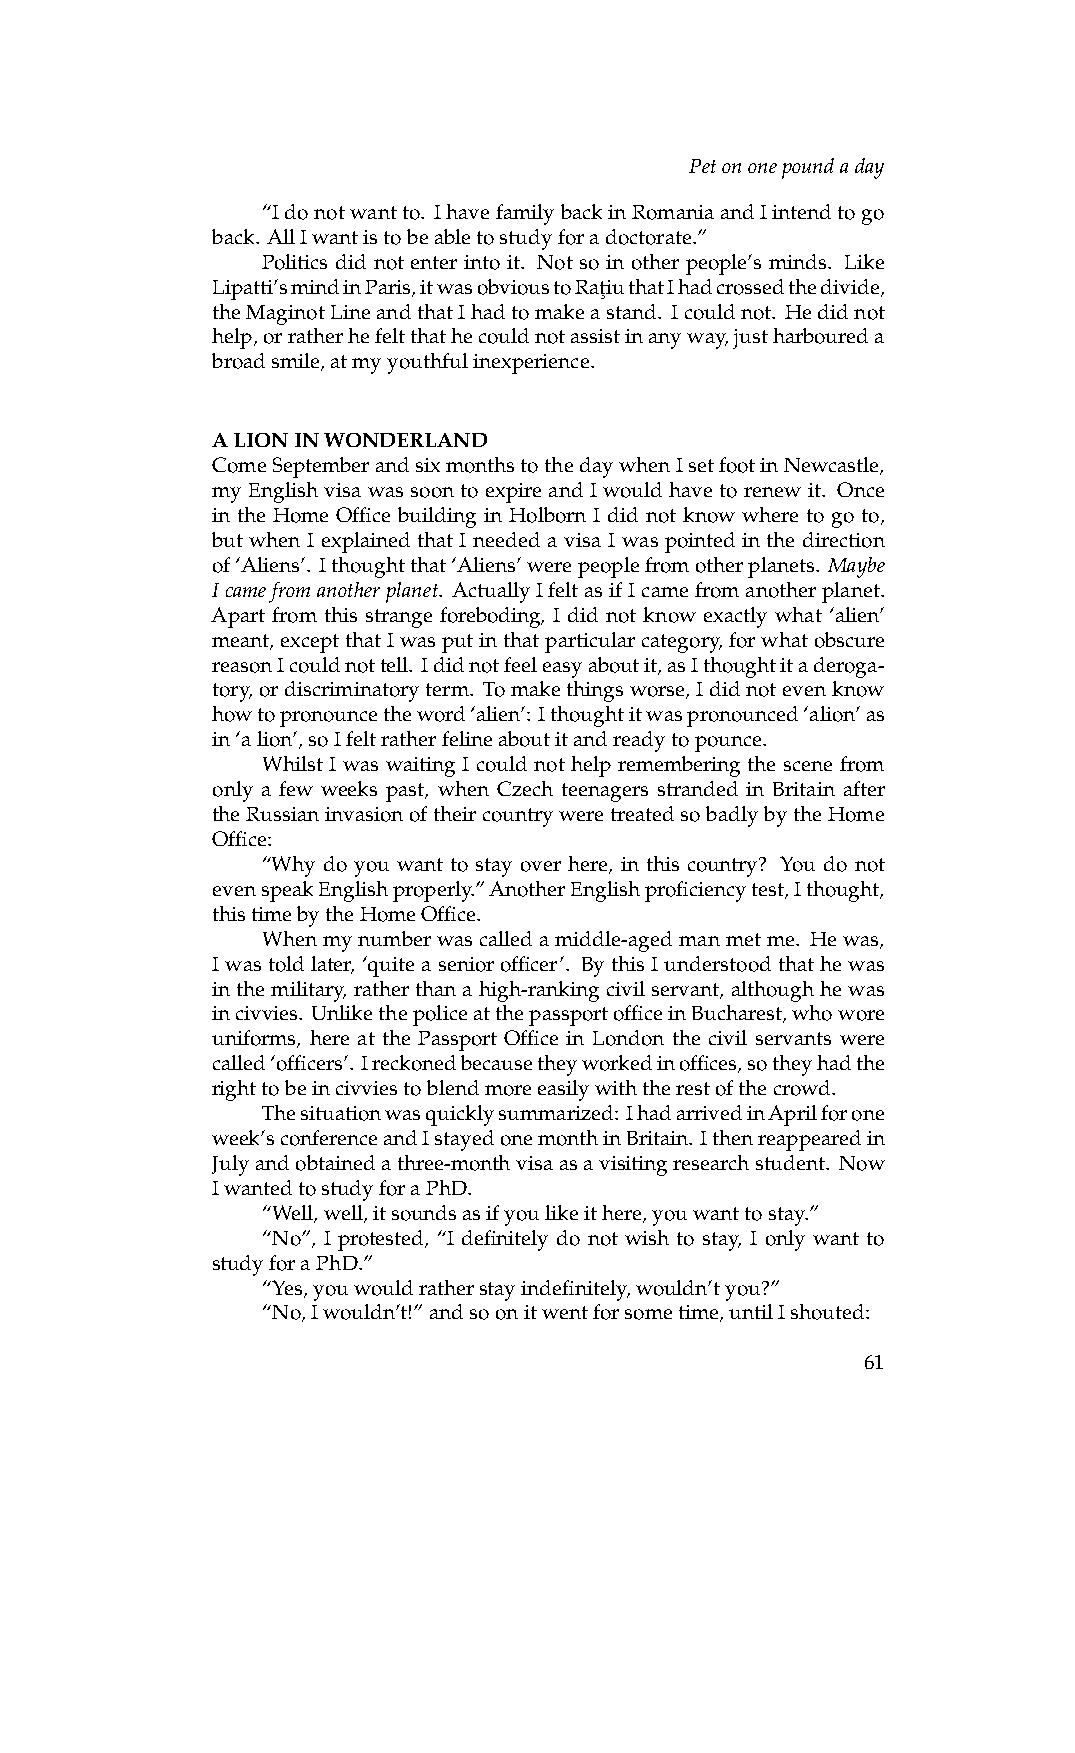
Petononepoundaday
 “Idonotwantto. IhavefamilybackinRomaniaandIintendtogo
 back. AllIwantistobeabletostudyforadoctorate.”
 Politics did not enter into it. Not so in other people’s minds. Like
 Lipatti’smindinParis,itwasobvioustoRa¸tiuthatIhadcrossedthedivide,
 theMaginotLineandthatIhadtomakeastand. Icouldnot. Hedidnot
 help,orratherhefeltthathecouldnotassistinanyway,justharboureda
 broadsmile,atmyyouthfulinexperience.
 ALIONINWONDERLAND
 ComeSeptemberandsixmonthstothedaywhenIsetfootinNewcastle,
 my English visa was soon to expire and I would have to renew it. Once
 in the Home Office building in Holborn I did not know where to go to,
 but when I explained that I needed a visa I was pointed in the direction
 of‘Aliens’. Ithoughtthat‘Aliens’werepeoplefromotherplanets. Maybe
 Icamefromanotherplanet. ActuallyIfeltasifIcamefromanotherplanet.
 Apart from this strange foreboding, I did not know exactly what ‘alien’
 meant,exceptthatIwasputinthatparticularcategory,forwhatobscure
 reasonIcouldnottell. Ididnotfeeleasyaboutit,asIthoughtitaderoga-
 tory,ordiscriminatoryterm. Tomakethingsworse,Ididnotevenknow
 howtopronouncetheword‘alien’: Ithoughtitwaspronounced‘alion’as
 in‘alion’,soIfeltratherfelineaboutitandreadytopounce.
 Whilst I was waiting I could not help remembering the scene from
 only a few weeks past, when Czech teenagers stranded in Britain after
 theRussianinvasionoftheircountryweretreatedsobadlybytheHome
 Office:
 “Why do you want to stay over here, in this country? You do not
 evenspeakEnglishproperly.”AnotherEnglishproficiencytest,Ithought,
 thistimebytheHomeOffice.
 Whenmynumberwascalledamiddle-agedmanmetme. Hewas,
 Iwastoldlater, ‘quiteaseniorofficer’. BythisIunderstoodthathewas
 inthemilitary, ratherthanahigh-rankingcivilservant, althoughhewas
 incivvies. UnlikethepoliceatthepassportofficeinBucharest,whowore
 uniforms, here at the Passport Office in London the civil servants were
 called‘officers’. Ireckonedbecausetheyworkedinoffices,sotheyhadthe
 righttobeincivviestoblendmoreeasilywiththerestofthecrowd.
 Thesituationwasquicklysummarized: IhadarrivedinAprilforone
 week’sconferenceandIstayedonemonthinBritain. Ithenreappearedin
 Julyandobtainedathree-monthvisaasavisitingresearchstudent. Now
 IwantedtostudyforaPhD.
 “Well,well,itsoundsasifyoulikeithere,youwanttostay.”
 “No”, I protested, “I definitely do not wish to stay, I only want to
 studyforaPhD.”
 “Yes,youwouldratherstayindefinitely,wouldn’tyou?”
 “No,Iwouldn’t!”andsoonitwentforsometime,untilIshouted:
 61